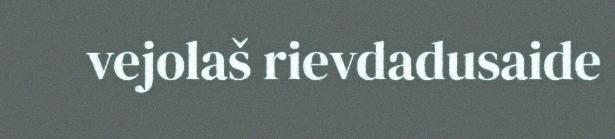
vejolaš rievdadusaide